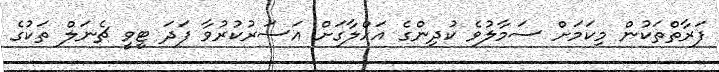
ފަރާތްތަކުން މިކަމަށް ސަމާލުވެ ކުދިންގެ އަހްލާގަށް އަސަރުކުރުވާ ފަދަ ޓީވީ ޗެނަލް ތަކުގެ